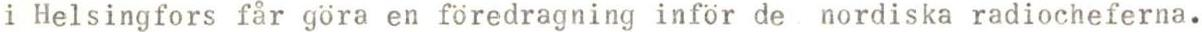
i Helsingfors får göra en föredragning inför de nordiska radiocheferna.